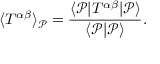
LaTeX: \langle T ^ { \alpha \beta } \rangle _ { { \mathcal { P } } } = \frac { \langle { \mathcal { P } } | T ^ { \alpha \beta } | { \mathcal { P } } \rangle } { \langle { \mathcal { P } } | { \mathcal { P } } \rangle } .